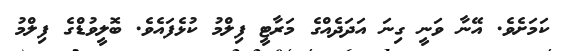
ކަމަށެވެ. އޭނާ ވަނީ ގިނަ އަދަދެއްގެ މަރާޓީ ފިލްމު ކުޅެފައެވެ. ބޮލީވުޑްގެ ފިލްމު